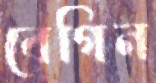
বেগিন